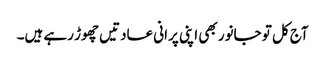
آج کل تو جانور بھی اپنی پرانی عادتیں چھوڑ رہے ہیں۔